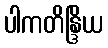
ပါကတိန္ဒြိယ